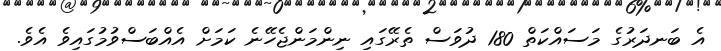
އެ ބަނދަރުގެ މަސައްކަތް 180 ދުވަސް ތެރޭގައި ނިންމަންޖެހޭނެ ކަމަށް އެއްބަސްވުމުގައިވެ އެވެ.